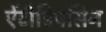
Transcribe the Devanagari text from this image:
ऐंटीट्रिपसिन